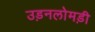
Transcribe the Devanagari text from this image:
उड़नलोमड़ी